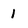
Character: 1